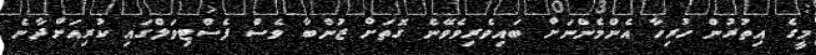
މީގެ އިތުރުން ހުރިހާ އެންމެންނަށް ބައިވެރިވެވޭނެ ގޮތަށް ޒުންބާ ވެސް ފެސްޓިވަލްގައި ކުރިއަށްދާނެ